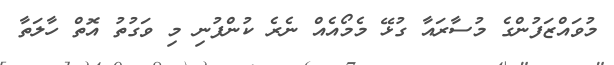
މުވައްޒަފުންގެ މުސާރައާ ގުޅޭ މެމޯއެއް ނެރެ ކުންފުނި މި ވަގުތު އޮތް ހާލަތާ